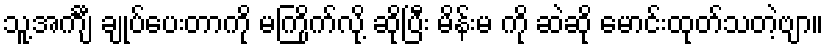
သူ့အင်္ကျီ ချုပ်ပေးတာကို မကြိုက်လို့ ဆိုပြီး မိန်းမ ကို ဆဲဆို မောင်းထုတ်သတဲ့ဗျာ။